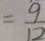
= \frac { 9 } { 1 2 }